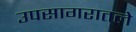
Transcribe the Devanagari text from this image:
उपसागरातले